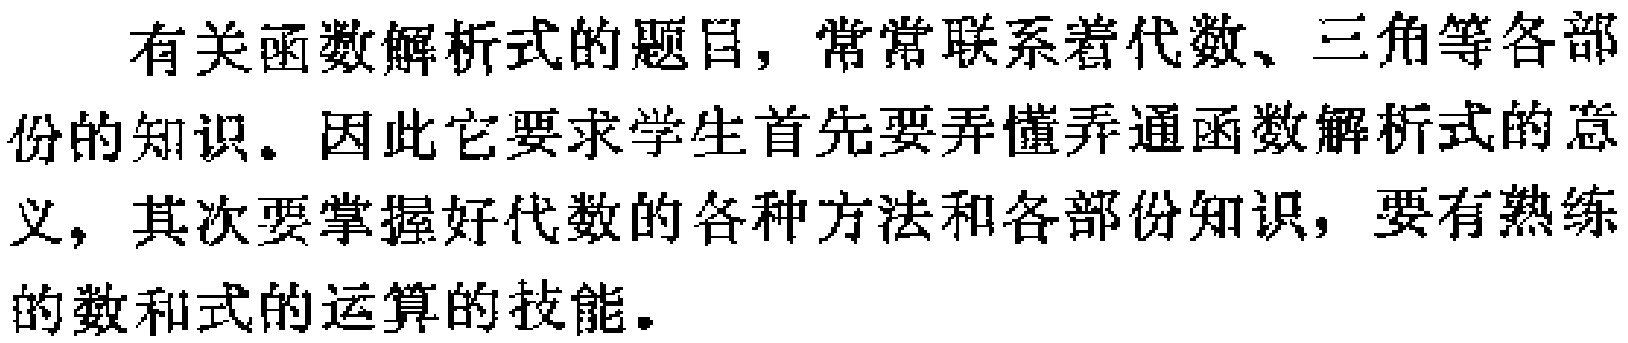
有关函数解析式的题目，常常联系着代数、三角等各部份的知识。因此它要求学生首先要弄懂弄通函数解析式的意义，其次要掌握好代数的各种方法和各部份知识，要有熟练的数和式的运算的技能。